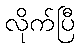
လိုက်ပြီ